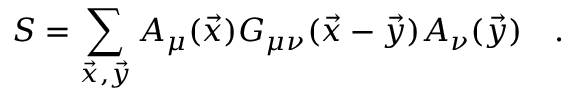
S = \sum _ { \vec { x } , \vec { y } } A _ { \mu } ( \vec { x } ) G _ { \mu \nu } ( \vec { x } - \vec { y } ) A _ { \nu } ( \vec { y } ) \quad .